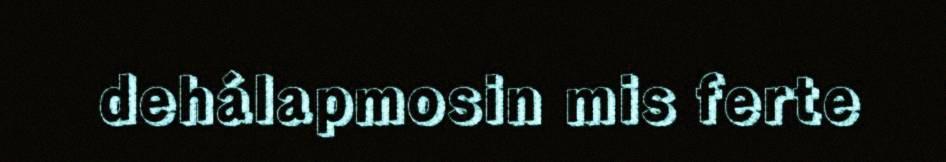
dehálapmosin mis ferte